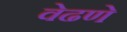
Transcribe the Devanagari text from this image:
वेढणे